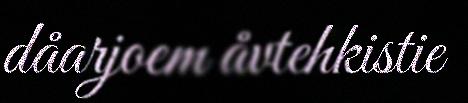
dåarjoem åvtehkistie